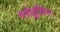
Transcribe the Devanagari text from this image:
ग्लोवूलिन।